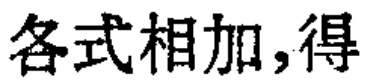
各式相加,得